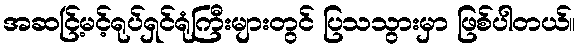
အဆင်ြ့မင့်ရုပ်ရှင်ရုံကြီးများတွင် ပြသသွားမှာ ဖြစ်ပါတယ်။